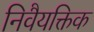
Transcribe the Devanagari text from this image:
निवैयक्तिक